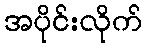
အပိုင်းလိုက်